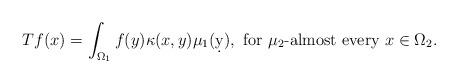
LaTeX: \begin{align*} Tf(x)= \int_{\Omega_1} f(y) \kappa( x,y) \mu_1 (\d y),\mbox{ for $\mu_2$-almost every $x\in \Omega_2$.} \end{align*}